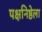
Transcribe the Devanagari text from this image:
पक्षनिष्ठेला